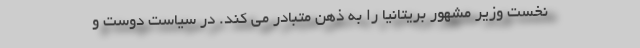
نخست وزیر مشهور بریتانیا را به ذهن متبادر می کند. در سیاست دوست و